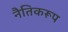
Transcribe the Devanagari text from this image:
नैतिकरूप